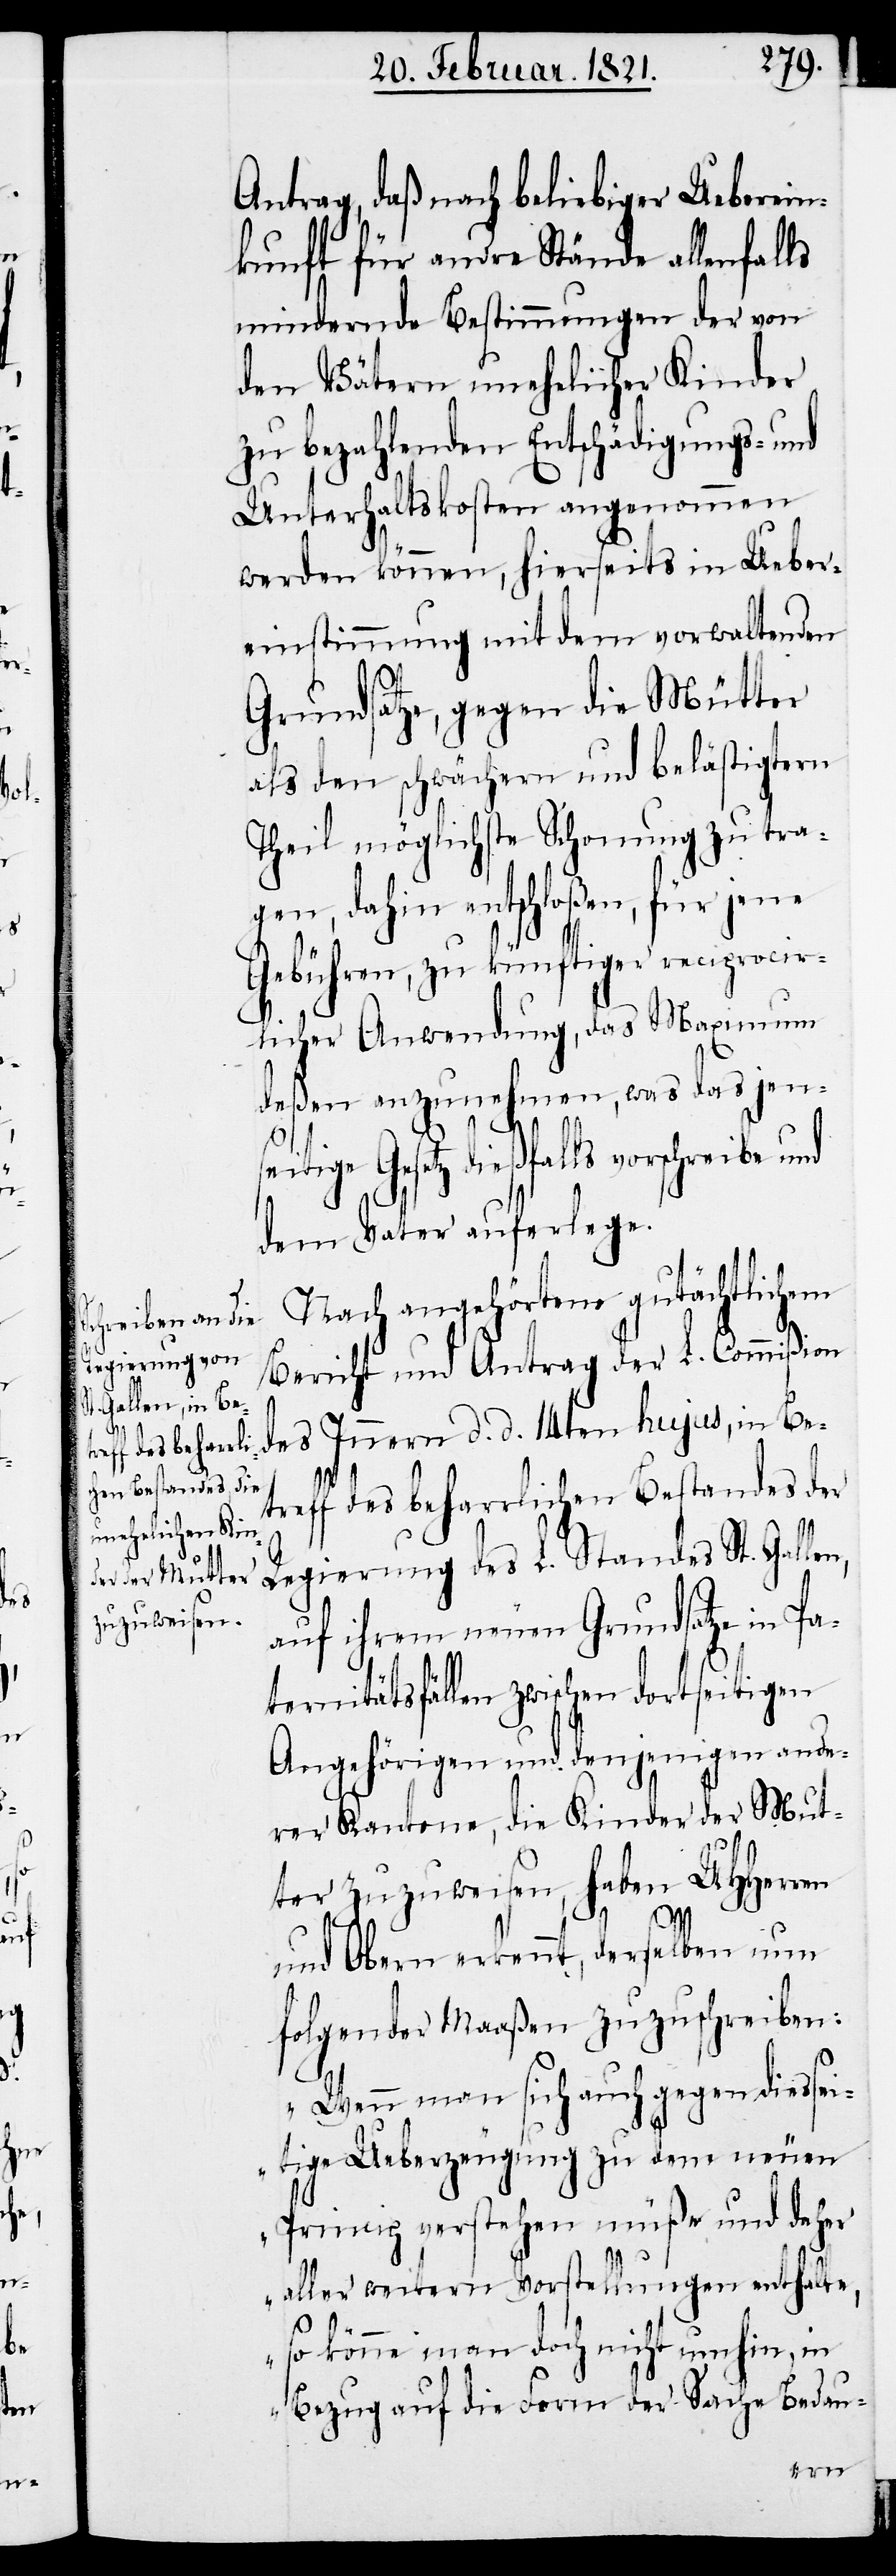
Be¬

d.
n,

Antrag, daß nach beliebiger Ueberein¬
kunft für andre Stände allenfalls
mindernde Bestimmungen der von
den Vätern unehelicher Kinder
zu bezahlenden Entschädigungs- und
Unterhaltskosten angenommen
werden können, hierseits in Ueber¬
einstimmung mit dem vorwaltenden
Grundsatze, gegen die Mütter
als den schwächern und belästigtern
Theil möglichste Schonung zu tra¬
gen, dahin entschloßen, für jene
Gebühren, zu künftiger reciprocir¬
licher Anwendung, das Maximum
deßen anzunehmen, was das jense¬
itige Gesetz dießfalls vorschreibe und
dem Vater auferlege.
Nach angehörtem gutächtlichen
Bericht und Antrag der L. Commißion
treff des beharrlichen Bestandes der
Regierung des L. Standes St. Galle¬
auf ihren neuen Grundsatze in Pa¬
ternitätsfällen zwischen dortseitigen
Angehörigen in denjenigen ande¬
rer Kantone, die Kinder der Mut¬
ter zuzuweisen, haben UHHerren
und Obern erkennt, derselben nun
folgender Maaßen zuzuschreiben:
„Wenn man sich auch gegen diessei¬
tige Ueberzeugung zu dem neuen
Prinzip verstehen müße und daher
aller weitern Vorstellungen enthalte,
so könne man doch nicht umhin, in
Bezug auf die Form der Sache Bedau-
ern